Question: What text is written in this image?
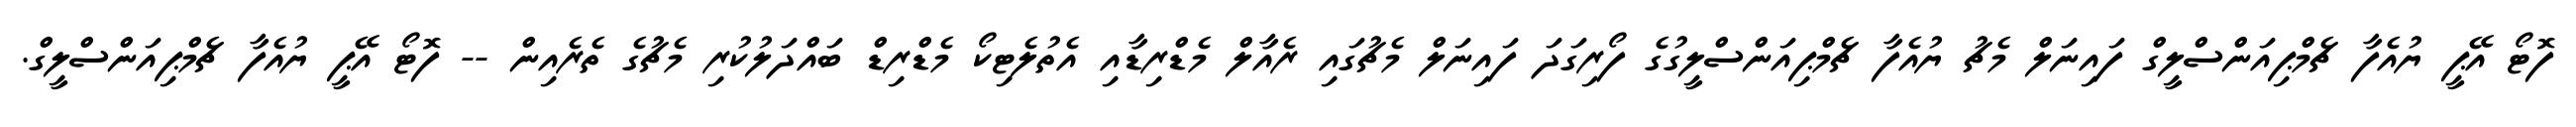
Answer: ފޮޓޯ އޭޕީ ޔުއެފާ ޗެމްޕިއަންސްލީގް ފައިނަލް މެޗު ޔުއެފާ ޗެމްޕިއަންސްލީގުގެ ފޯރިގަދަ ފައިނަލް މެޗުގައި ރެއާލް މެޑްރިޑާއި އެތުލެޓިކޯ މެޑްރިޑް ބައްދަލުކުރި މެޗުގެ ތެރެއިން -- ފޮޓޯ އޭޕީ ޔުއެފާ ޗެމްޕިއަންސްލީގް.